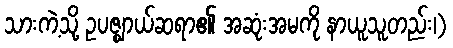
သားကဲ့သို့ ဥပဇ္ဈာယ်ဆရာ၏ အဆုံးအမကို နာယူသူတည်း၊)